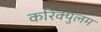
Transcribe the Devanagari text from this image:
करिक्युलम